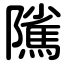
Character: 隲